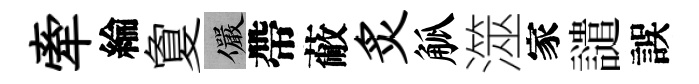
牽綸夐儼帶蔽炙觚澨家譴誤